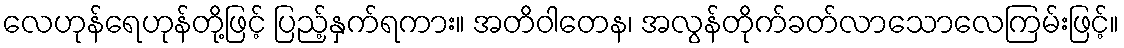
လေဟုန်ရေဟုန်တို့ဖြင့် ပြည့်နှက်ရကား။ အတိဝါတေန၊ အလွန်တိုက်ခတ်လာသောလေကြမ်းဖြင့်။